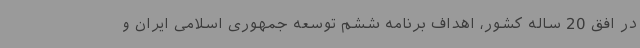
در افق 20 ساله کشور، اهداف برنامه ششم توسعه جمهوری اسلامی ایران و